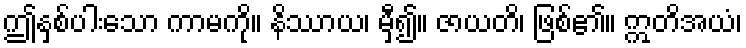
ဤနှစ်ပါးသော ကာမကို။ နိဿာယ၊ မှီ၍။ ဇာယတိ၊ ဖြစ်၏။ ဣတိအယံ၊